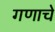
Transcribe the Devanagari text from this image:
गणाचे